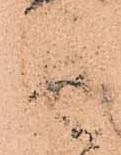
人